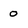
Character: 0